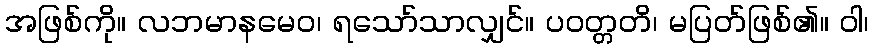
အဖြစ်ကို။ လဘမာနမေဝ၊ ရသော်သာလျှင်။ ပဝတ္တတိ၊ မပြတ်ဖြစ်၏။ ဝါ၊